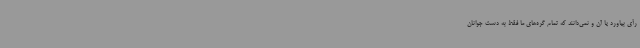
رأی بیاورد یا آن و نمی‌دانند که تمام گره‌های ما فقط به دست جوانان